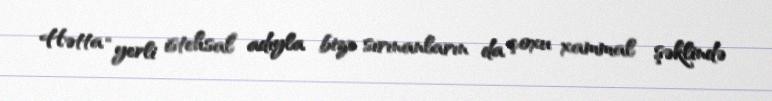
Hətta “yerli istehsal” adıyla bizə sırınanların da çoxu xammal şəklində